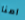
امنا